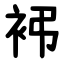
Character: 䘟